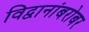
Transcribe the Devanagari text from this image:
विद्वानांबरोबर